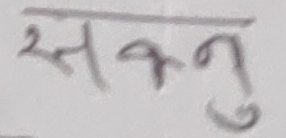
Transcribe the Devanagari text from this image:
सक्नु